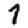
Digit: 1